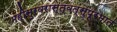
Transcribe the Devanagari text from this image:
महीसुरवरास्त्वत्सुप्रभातं